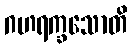
ဂဟရက္ခသောတိ